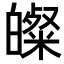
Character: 𭽢